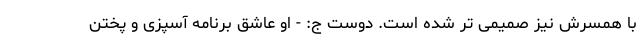
با همسرش نیز صمیمی تر شده است. دوست ج: - او عاشق برنامه آسپزی و پختن